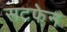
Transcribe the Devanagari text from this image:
सटफेन